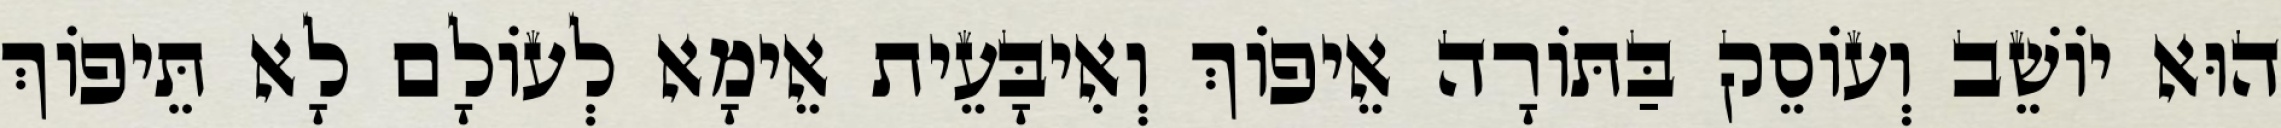
הוּא יוֹשֵׁב וְעוֹסֵק בַּתּוֹרָה אֵיפוֹךְ וְאִיבָּעֵית אֵימָא לְעוֹלָם לָא תֵּיפוֹךְ